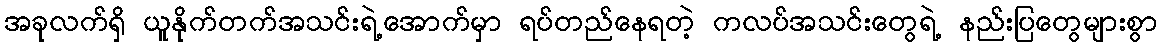
အခုလက်ရှိ ယူနိုက်တက်အသင်းရဲ့အောက်မှာ ရပ်တည်နေရတဲ့ ကလပ်အသင်းတွေရဲ့ နည်းပြတွေများစွာ